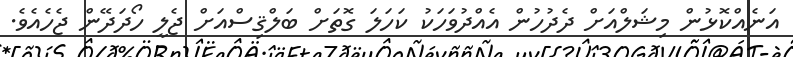
އަނެއްކޮޅުން މިޝަލްއަށް ދެދުހުން އެއްދުވަހަކު ކަހަލަ ގޮތަށް ބަލްޤިސްއަށް ޖެލީ ހޯދަދޭން ޖެހެއެވެ.